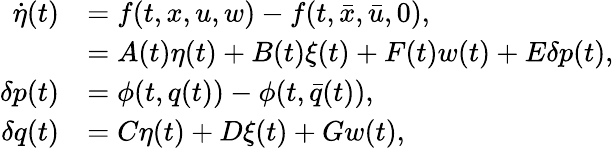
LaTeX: \begin{array}{rl}{\dot{\eta}(t)}&{=f(t,x,u,w)-f(t,\bar{x},\bar{u},0),}\\ &{=A(t)\eta(t)+B(t)\xi(t)+F(t)w(t)+E\delta p(t),}\\ {\delta p(t)}&{=\phi(t,q(t))-\phi(t,\bar{q}(t)),}\\ {\delta q(t)}&{=C\eta(t)+D\xi(t)+Gw(t),}\end{array}